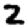
Digit: 2